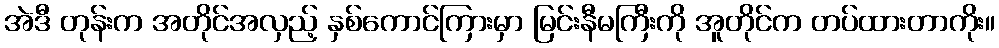
အဲဒီ တုန်းက အတိုင်အလှည့် နှစ်ကောင်ကြားမှာ မြင်းနီမကြီးကို အူတိုင်က တပ်ထားတာကိုး။